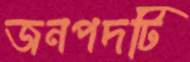
জনপদটি